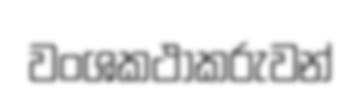
වංශකථාකරුවන්